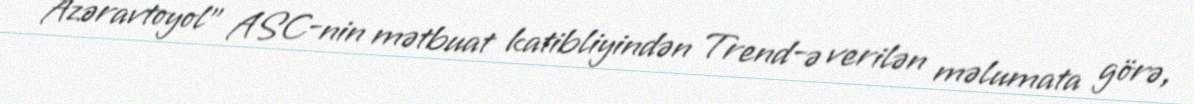
Azəravtoyol" ASC-nin mətbuat katibliyindən Trend-ə verilən məlumata görə,